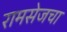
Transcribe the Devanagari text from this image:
रामसेजचा